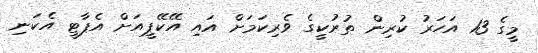
މީގެ 13 އަހަރު ކުރިން ތުރުކީގެ ވެރިކަމަށް އައި އޭކޭޕީއަށް އެޕާޓީ އެކަނި